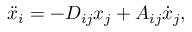
{ \ddot { x } _ { i } = - D _ { i j } x _ { j } + A _ { i j } \dot { x } _ { j } } ,